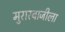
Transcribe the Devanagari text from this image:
मुरारबाजीला